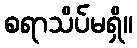
စရာသိပ်မရှိ။